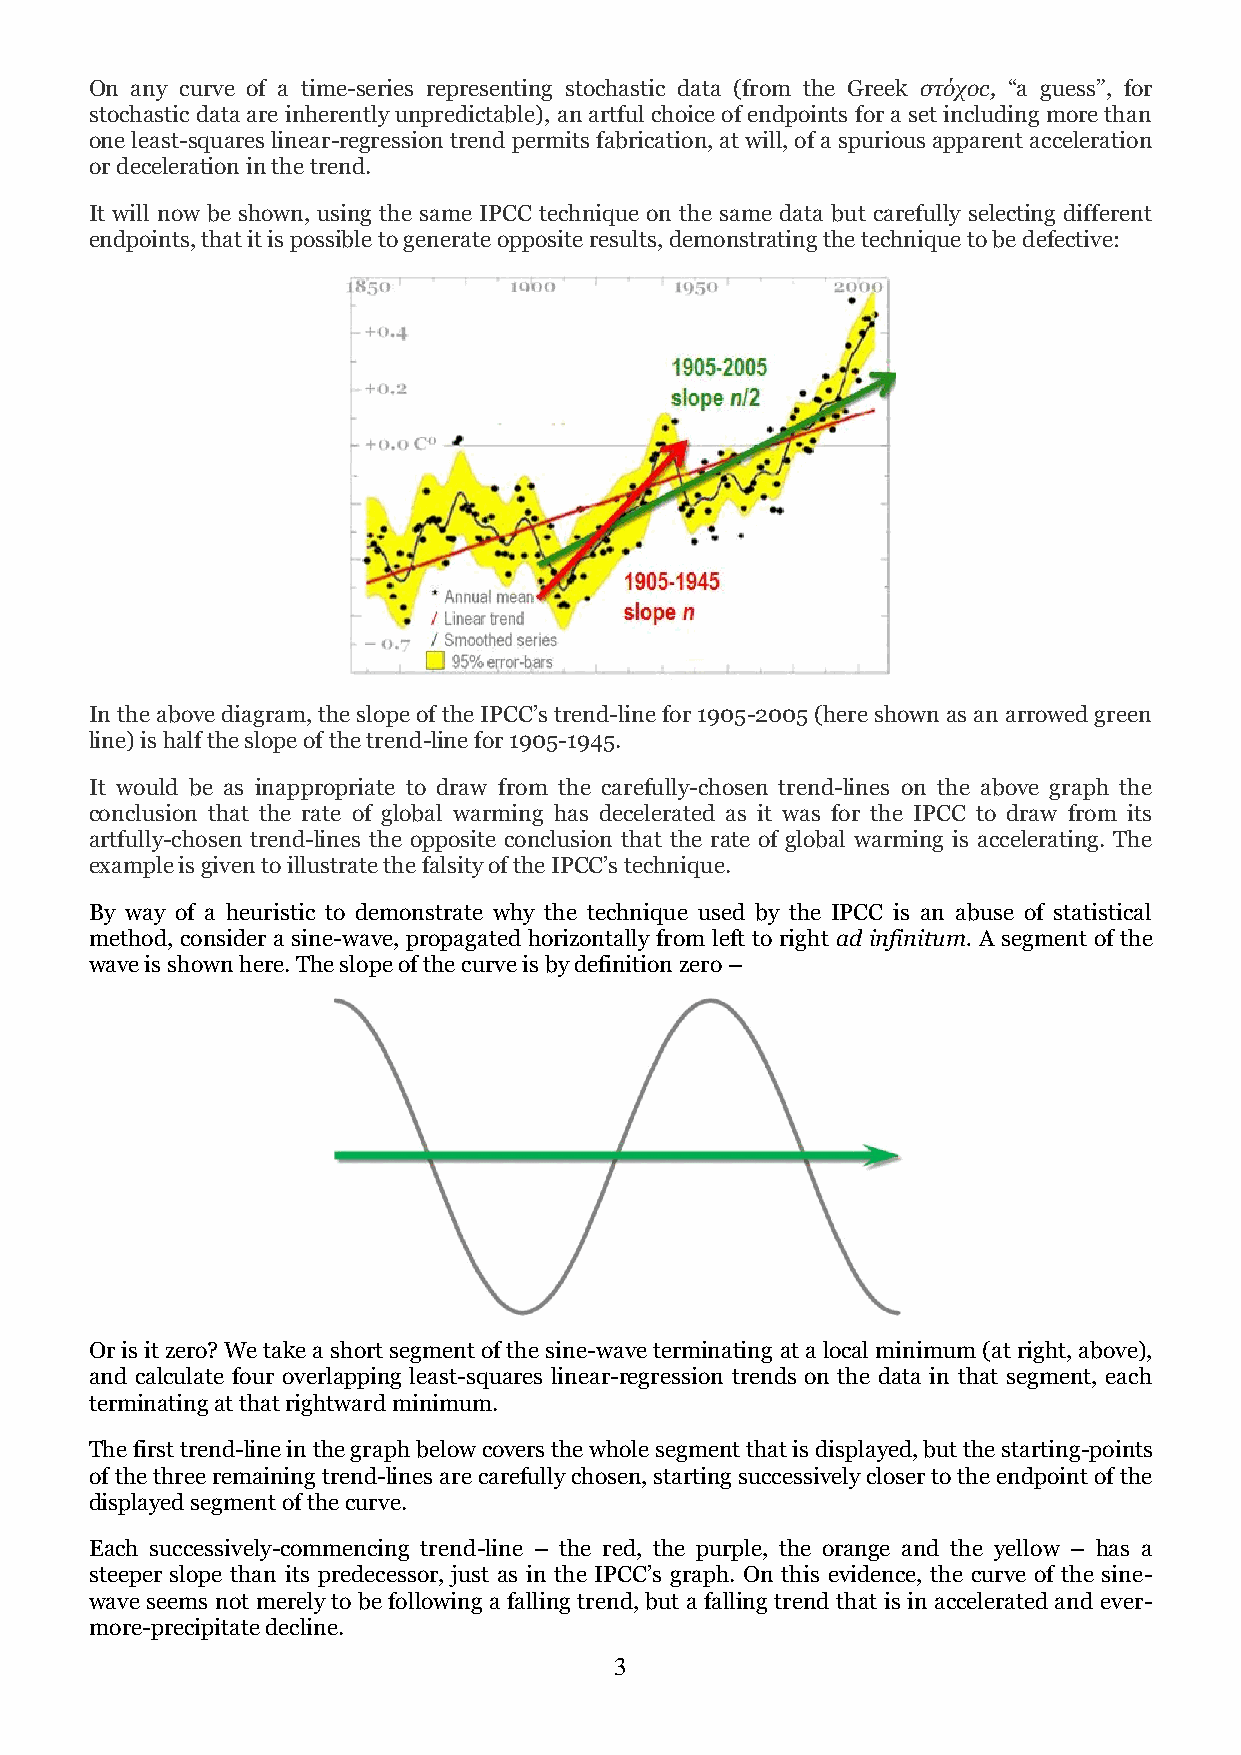
On any curve of a time-series representing stochastic data (from the Greek στόχос, “a guess”, for
 stochastic data are inherently unpredictable), an artful choice of endpoints for a set including more than
 one least-squares linear-regression trend permits fabrication, at will, of a spurious apparent acceleration
 or deceleration in the trend.
 It will now be shown, using the same IPCC technique on the same data but carefully selecting different
 endpoints, that it is possible to generate opposite results, demonstrating the technique to be defective:
 In the above diagram, the slope of the IPCC’s trend-line for 1905-2005 (here shown as an arrowed green
 line) is half the slope of the trend-line for 1905-1945.
 It would be as inappropriate to draw from the carefully-chosen trend-lines on the above graph the
 conclusion that the rate of global warming has decelerated as it was for the IPCC to draw from its
 artfully-chosen trend-lines the opposite conclusion that the rate of global warming is accelerating. The
 example is given to illustrate the falsity of the IPCC’s technique.
 By way of a heuristic to demonstrate why the technique used by the IPCC is an abuse of statistical
 method, consider a sine-wave, propagated horizontally from left to right ad infinitum. A segment of the
 wave is shown here. The slope of the curve is by definition zero –
 Or is it zero? We take a short segment of the sine-wave terminating at a local minimum (at right, above),
 and calculate four overlapping least-squares linear-regression trends on the data in that segment, each
 terminating at that rightward minimum.
 The first trend-line in the graph below covers the whole segment that is displayed, but the starting-points
 of the three remaining trend-lines are carefully chosen, starting successively closer to the endpoint of the
 displayed segment of the curve.
 Each successively-commencing trend-line – the red, the purple, the orange and the yellow – has a
 steeper slope than its predecessor, just as in the IPCC’s graph. On this evidence, the curve of the sine-
 wave seems not merely to be following a falling trend, but a falling trend that is in accelerated and ever-
 more-precipitate decline.
 3